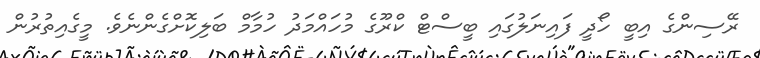
ރޭސިންގެ އިބީ ހޯދީ ފައިނަލުގައި ބީސްޓް ކްރޫގެ މުހައްމަދު ހުމާމް ބަލިކޮށްގެންނެވެ. މީގެއިތުރުން